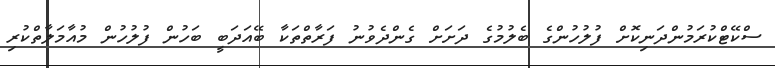
ސްކޭޓްކުރަމުންދަނިކޮށް ފުލުހުންގެ ބެލުމުގެ ދަށަށް ގެންދެވުނު ފަރާތްތަކާ ބޭއަދަބީ ބަހުން ފުލުހުން މުއާމަލާތްކުރި